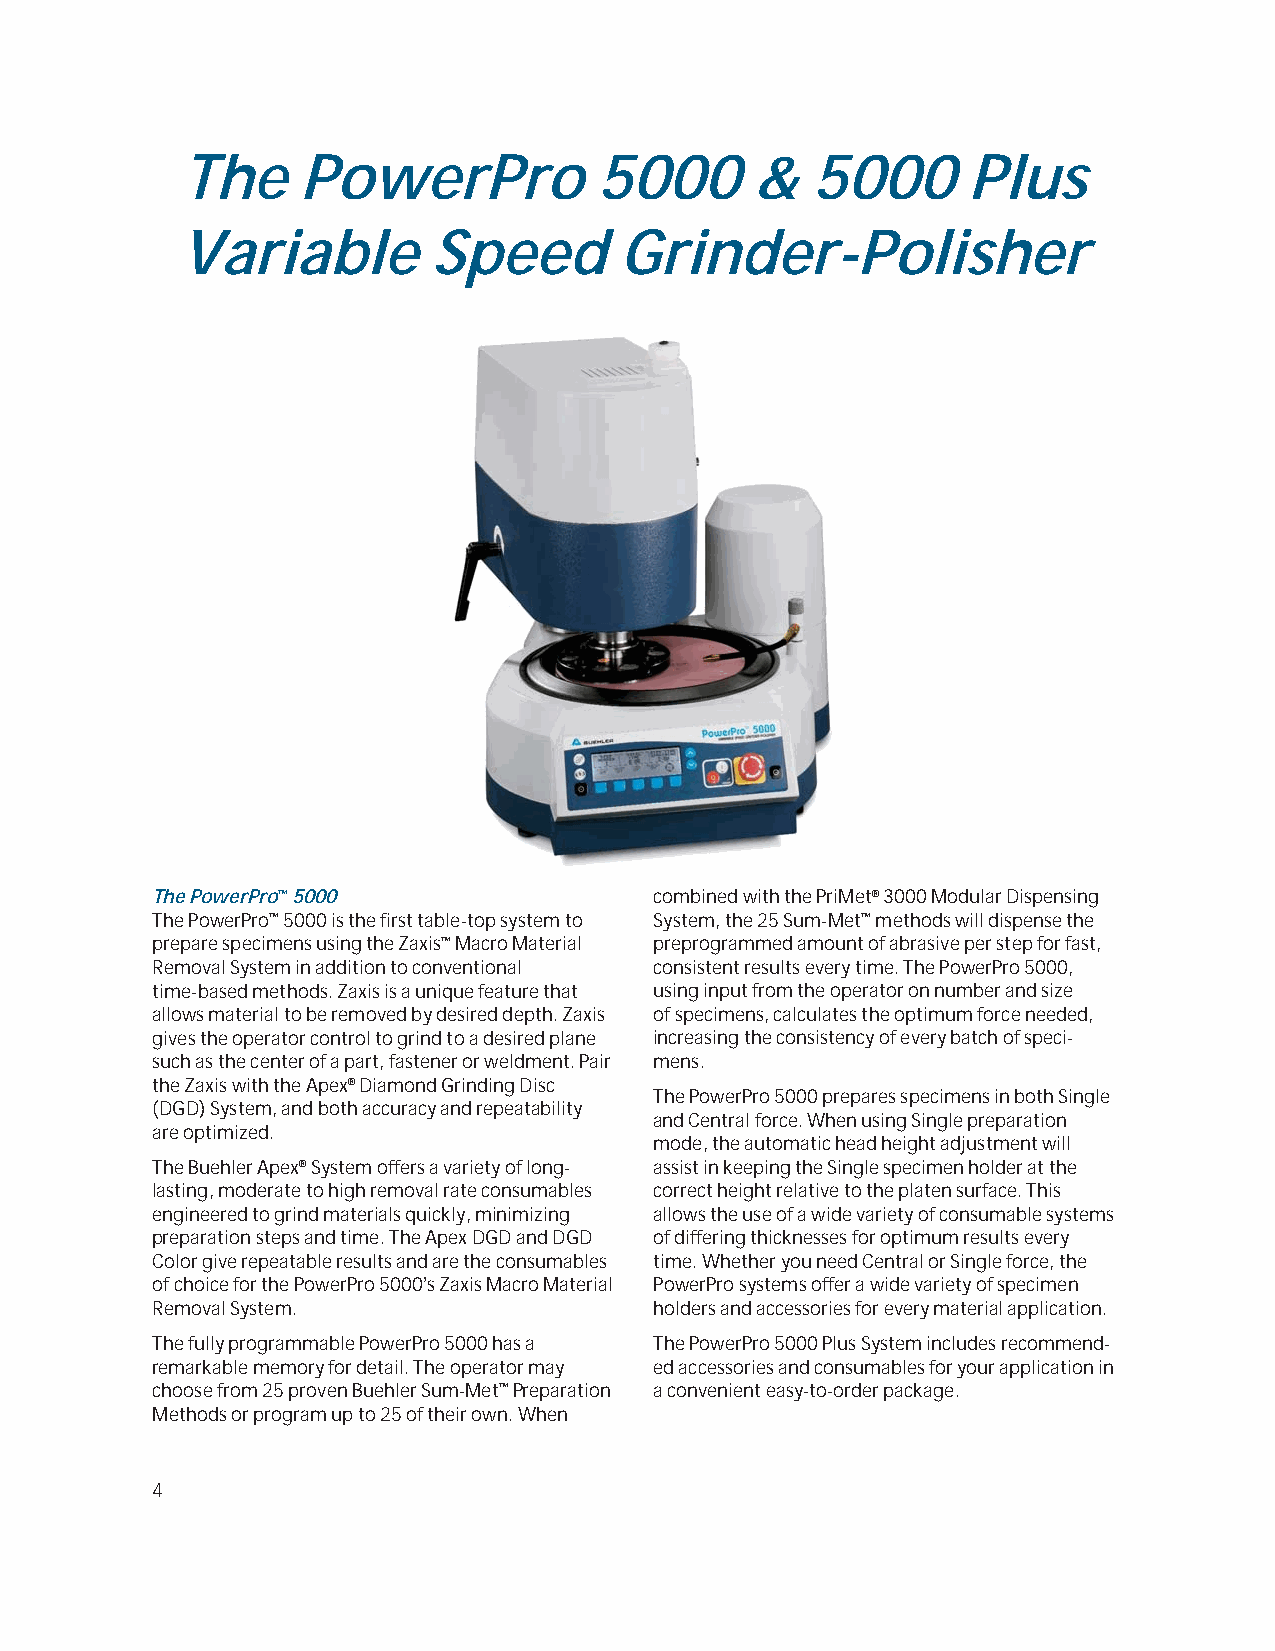
The     PowerPro            5000      &   5000      Plus
 Variable         Speed       Grinder-Polisher
 The PowerPro™5000                combined with the PriMet®3000 Modular Dispensing
 The PowerPro™5000 is the first table-top system to System, the 25 Sum-Met™methods will dispense the
 prepare specimens using the Zaxis™Macro Material preprogrammed amount of abrasive per step for fast,
 Removal System in addition to conventional consistent results every time. The PowerPro 5000,
 time-based methods. Zaxis is a unique feature that using input from the operator on number and size
 allows material to be removed by desired depth. Zaxis of specimens, calculates the optimum force needed,
 gives the operator control to grind to a desired plane increasing the consistency of every batch of speci-
 such as the center of a part, fastener or weldment. Pair mens.
 the Zaxis with the Apex®Diamond Grinding Disc
 The PowerPro 5000 prepares specimens in both Single
 (DGD) System, and both accuracy and repeatability
 and Central force. When using Single preparation
 are optimized.
 mode, the automatic head height adjustment will
 The Buehler Apex®System offers a variety of long- assist in keeping the Single specimen holder at the
 lasting, moderate to high removal rate consumables correct height relative to the platen surface. This
 engineered to grind materials quickly, minimizing allows the use of a wide variety of consumable systems
 preparation steps and time. The Apex DGD and DGD of differing thicknesses for optimum results every
 Color give repeatable results and are the consumables time. Whether you need Central or Single force, the
 of choice for the PowerPro 5000’s Zaxis Macro Material PowerPro systems offer a wide variety of specimen
 Removal System.                  holders and accessories for every material application.
 The fully programmable PowerPro 5000 has a The PowerPro 5000 Plus System includes recommend-
 remarkable memory for detail. The operator may ed accessories and consumables for your application in
 choose from 25 proven Buehler Sum-Met™Preparation a convenient easy-to-order package.
 Methods or program up to 25 of their own. When
 4